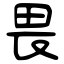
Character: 畏